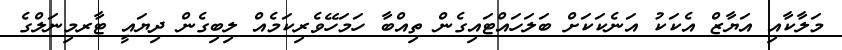
މަލާކާއި އަޔާޒް އެކަކު އަނެކަކަށް ބަލަހައްޓައިގެން ތިއްބާ ހަމަހޭވެރިކަމެއް ލިބިގެން ދިޔައީ ޓާރމިނަލްގެ